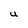
Character: U